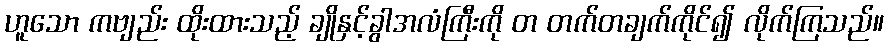
ဟူသော ကဗျည်း ထိုးထားသည့် ချိုနှင့်ခွါအလံကြီးကို တ တက်တချက်ကိုင်၍ လိုက်ကြသည်။